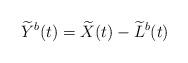
LaTeX: \begin{align*}\widetilde{Y}^b(t) = \widetilde{X}(t) - \widetilde{L}^b(t)\end{align*}